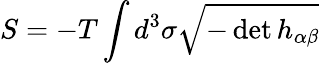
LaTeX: S=-T\int d^{3}\sigma\sqrt{-\operatorname*{det}h_{\alpha\beta}}